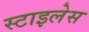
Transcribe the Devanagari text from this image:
स्टाइलेस